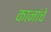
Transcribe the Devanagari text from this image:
कानांचे